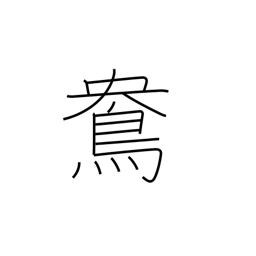
Meaning: female mandarin duck